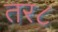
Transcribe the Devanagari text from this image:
तर८